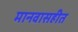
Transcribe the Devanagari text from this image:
मानवासहीत